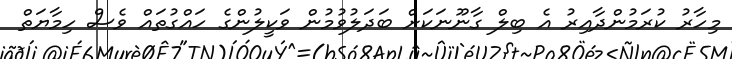
މިހާރު ކުރަމުންދާއިރު އެ ބިލް ގާނޫނަކަށް ބަދަލުވުމުން ވަކީލުންގެ ހައްގުތައް ވެސް ހިމާޔަތް